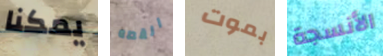
يمكنا القصه بموت الأنسجة